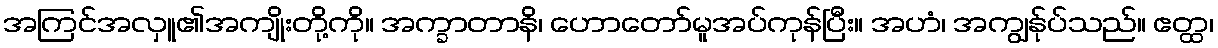
အကြင်အလှူ၏အကျိုးတို့ကို။ အက္ခာတာနိ၊ ဟောတော်မူအပ်ကုန်ပြီး။ အဟံ၊ အကျွန်ုပ်သည်။ ဧတ္ထ၊